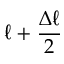
\ell + \frac { \Delta \ell } { 2 }